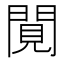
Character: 𨴼